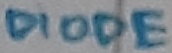
Text: DIODE